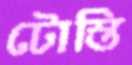
টোস্তি